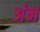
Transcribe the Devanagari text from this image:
अंन